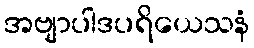
အဗျာပါဒပရိယေသနံ